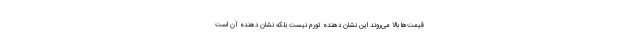
قیمت‌ها بالا می‌روند این نشان دهنده تورم نیست بلکه نشان دهنده آن است